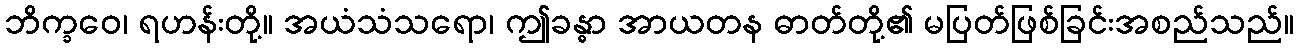
ဘိက္ခဝေ၊ ရဟန်းတို့။ အယံသံသရော၊ ဤခန္ဓာ အာယတန ဓာတ်တို့၏ မပြတ်ဖြစ်ခြင်းအစည်သည်။